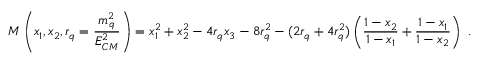
M \left( x _ { 1 } , x _ { 2 } , r _ { q } = \frac { m _ { q } ^ { 2 } } { E _ { C M } ^ { 2 } } \right) = x _ { 1 } ^ { 2 } + x _ { 2 } ^ { 2 } - 4 r _ { q } x _ { 3 } - 8 r _ { q } ^ { 2 } - ( 2 r _ { q } + 4 r _ { q } ^ { 2 } ) \left( \frac { 1 - x _ { 2 } } { 1 - x _ { 1 } } + \frac { 1 - x _ { 1 } } { 1 - x _ { 2 } } \right) ~ .